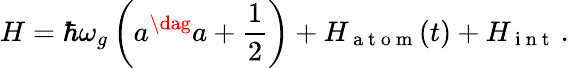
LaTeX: H=\hbar\omega_{g}\left(a^{\dag}a+\frac{1}{2}\right)+H_{\mathrm{~a~t~o~m~}}(t)+H_{\mathrm{~i~n~t~}}\, .